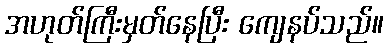
အဟုတ်ကြီးမှတ်နေပြီး ကျေနပ်သည်။